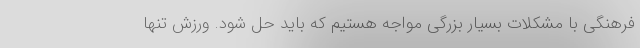
فرهنگی با مشکلات بسیار بزرگی مواجه هستیم که باید حل شود. ورزش تنها